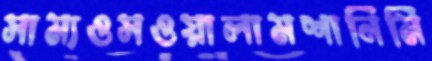
সাম্যওসওয়ালামশানিমি